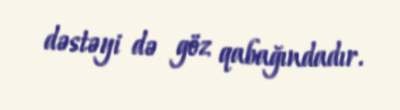
dəstəyi də göz qabağındadır.